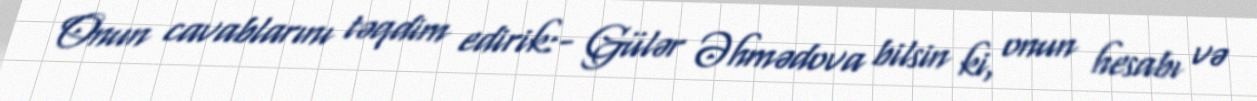
Onun cavablarını təqdim edirik:- Gülər Əhmədova bilsin ki, onun hesabı və